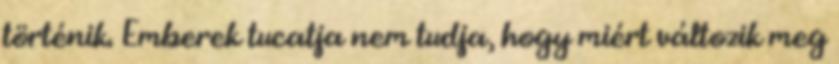
történik. Emberek tucatja nem tudja, hogy miért változik meg